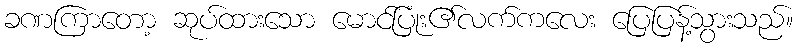
ခဏကြာတော့ ဆုပ်ထားသော မောင်ပြုံး၏လက်ကလေး ပြေပြန့်သွားသည်။